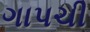
ગાપચી